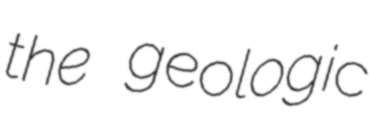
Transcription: the geologic